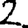
Digit: 2